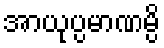
အာယုပ္ပမာဏမ္ပိ